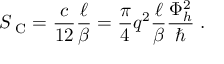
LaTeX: S _ { \mathrm { \scriptsize ~ C } } = \frac { c } { 1 2 } \frac { \ell } { \beta } = \frac { \pi } { 4 } q ^ { 2 } \frac { \ell } { \beta } \frac { \Phi _ { h } ^ { 2 } } { \hbar } \; .